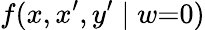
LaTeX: f(x,x^{\prime},y^{\prime}\mid w{=}0)